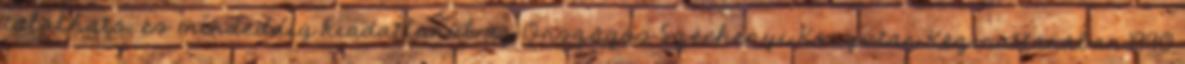
található, és mindeddig kiadatlanul az Országos Széchenyi Könyvtár Kézirattárában.1990